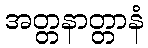
အတ္တနာတ္တာနံ